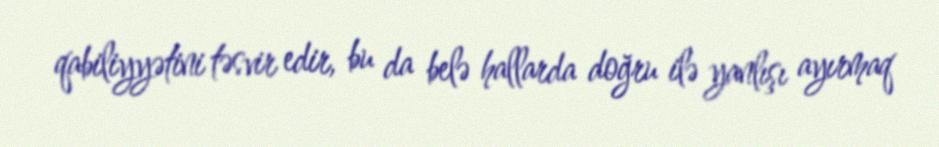
qabiliyyətini təsvir edir, bu da belə hallarda doğru ilə yanlışı ayırmaq